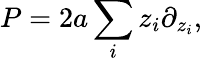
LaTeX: P=2a\sum_{i}z_{i}\partial_{z_{i}},